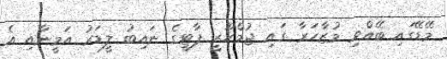
މޭޑޭގައި ބޭއްވި މުޒާހަރާ ގައި ޖުމްހޫރީ ޕާޓީގެ ނައިބު ލީޑަރު އަމީނާއި އެ